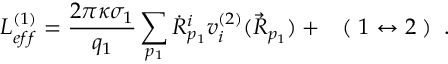
L _ { e f f } ^ { ( 1 ) } = \frac { 2 \pi \kappa \sigma _ { 1 } } { q _ { 1 } } \sum _ { p _ { 1 } } \dot { R } _ { p _ { 1 } } ^ { i } v _ { i } ^ { ( 2 ) } ( \vec { R } _ { p _ { 1 } } ) + \; \; \; ( \; 1 \leftrightarrow 2 \; ) \; \; .